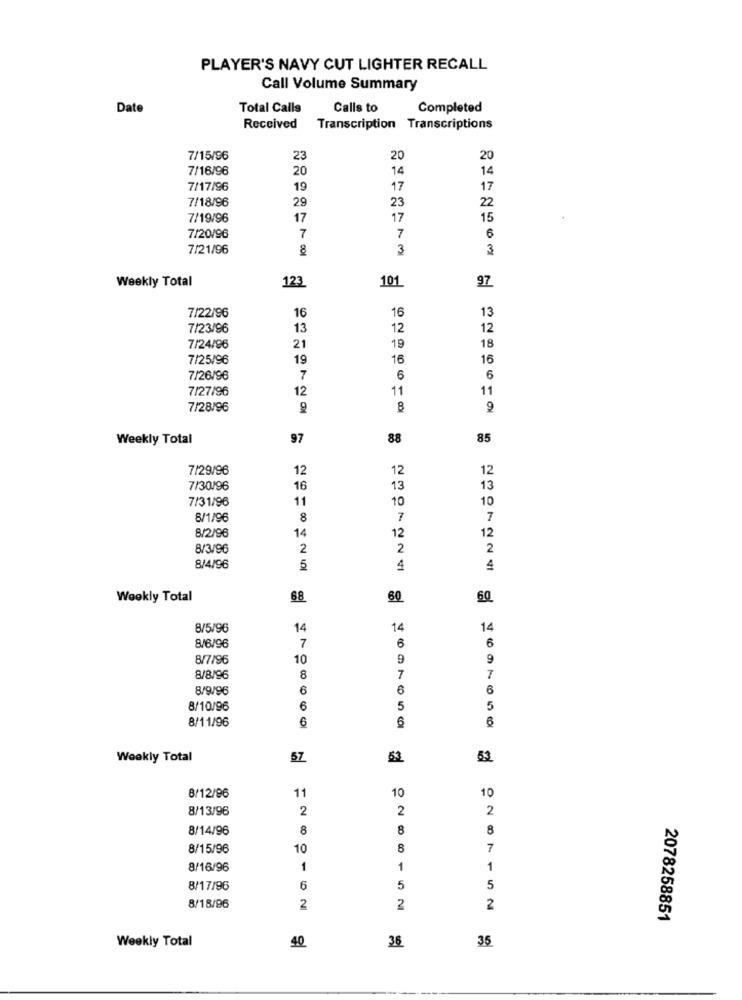
PLAYER'S NAVY CUT LIGHTER RECALL
Call Volume Summary
Date
Total Calls
Calls to
Completed
Received Transcription Transcriptions
7/15/96
23
20
20
7/16/96
20
14
14
7/17/96
19
17
17
7/18/96
29
23
22
7/19/96
17
17
15
7/20/96
7
7
6
7/21/96
3
3
101
97
Weekly Total
123
7/22/96
16
16
13
7/23/96
13
12
12
7/24/96
21
19
18
7/25/96
19
16
16
7/26/96
7
6
6
7/27/96
12
11
11
7/28/96
8
Weekly Total
97
88
85
7/29/96
12
12
12
7/30/96
16
13
13
7/31/96
11
10
10
8/1/96
8
7
7
12
8/2/96
14
12
8/3/96
2
2
2
8/4/96
5
4
4
Weekly Total
68
6Q
8/5/96
14
14
14
8/6/96
6
6
7
8/7/96
10
9
9
7
8/8/96
8
7
8/9/96
6
6
6
8/10/96
6
5
5
8/11/96
6
6
6
Weekly Total
57
53
53
11
10
10
8/12/96
8/13/96
2
2
2
8/14/96
8
8
8
8/15/96
10
8
7
8/16/96
1
1
1
8/17/96
6
5
5
8/18/96
2
2
2
2078258851
Weekly Total
35
40
36